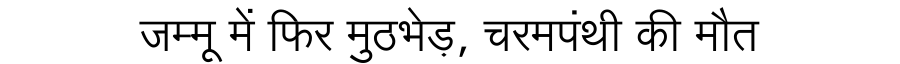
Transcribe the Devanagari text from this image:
जम्मू में फिर मुठभेड़, चरमपंथी की मौत